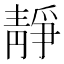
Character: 靜